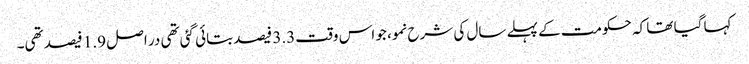
کہا گیا تھا کہ حکومت کے پہلے سال کی شرح نمو، جو اس وقت3.3 فیصد بتائی گئی تھی در اصل 1.9 فیصد تھی۔